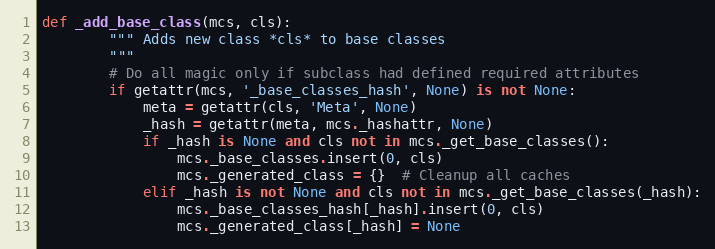
Language: Python
def _add_base_class(mcs, cls):
        """ Adds new class *cls* to base classes
        """
        # Do all magic only if subclass had defined required attributes
        if getattr(mcs, '_base_classes_hash', None) is not None:
            meta = getattr(cls, 'Meta', None)
            _hash = getattr(meta, mcs._hashattr, None)
            if _hash is None and cls not in mcs._get_base_classes():
                mcs._base_classes.insert(0, cls)
                mcs._generated_class = {}  # Cleanup all caches
            elif _hash is not None and cls not in mcs._get_base_classes(_hash):
                mcs._base_classes_hash[_hash].insert(0, cls)
                mcs._generated_class[_hash] = None